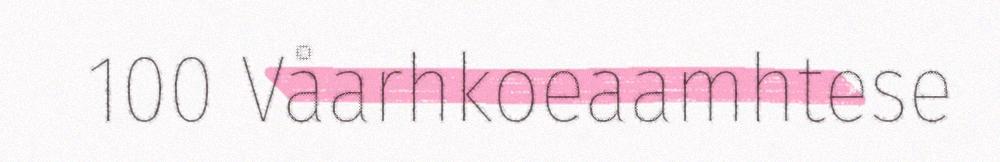
100 Våarhkoeaamhtese